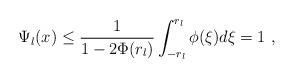
LaTeX: \begin{align*} \Psi_l(x)\leq \frac{1}{1-2\Phi(r_{l})}\int_{-r_{l}}^{r_{l}} \phi(\xi)d\xi = 1\ , \end{align*}